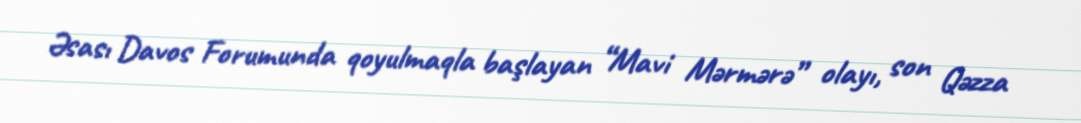
Əsası Davos Forumunda qoyulmaqla başlayan “Mavi Mərmərə” olayı, son Qəzza